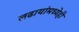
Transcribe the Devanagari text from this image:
लढायांमध्येही